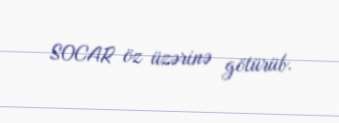
SOCAR öz üzərinə götürüb.